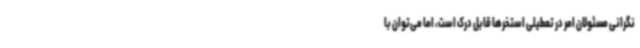
نگرانی مسئولان امر در تعطیلی استخرها قابل درک است، اما می‌توان با